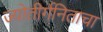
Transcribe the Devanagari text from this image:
ज्योतीर्गनिताचा